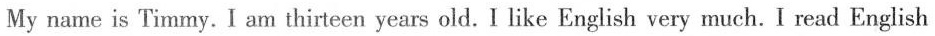
My name is Timmy. I am thirteen years old. I like English very much. I read English